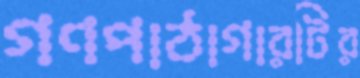
গণপাঠাগারটির